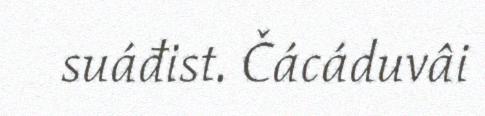
suáđist. Čácáduvâi